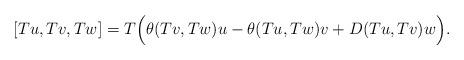
LaTeX: \begin{align*}&[Tu,Tv,Tw]=T\Big( \theta(Tv,Tw)u-\theta(Tu,Tw)v+D(Tu,Tv)w \Big).\end{align*}